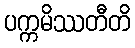
ပက္ကမိဿတီတိ